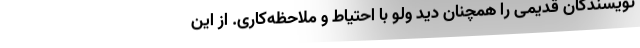
نویسندگان قدیمی را همچنان دید ولو با احتیاط و ملاحظه‌کاری. از این